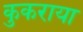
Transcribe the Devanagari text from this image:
कुकराया